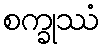
စက္ခုဿံ